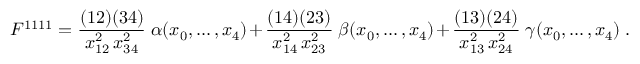
F ^ { 1 1 1 1 } = \frac { ( 1 2 ) ( 3 4 ) } { x _ { 1 2 } ^ { 2 } \, x _ { 3 4 } ^ { 2 } } \; \alpha ( x _ { 0 } , \ldots , x _ { 4 } ) + \frac { ( 1 4 ) ( 2 3 ) } { x _ { 1 4 } ^ { 2 } \, x _ { 2 3 } ^ { 2 } } \; \beta ( x _ { 0 } , \ldots , x _ { 4 } ) + \frac { ( 1 3 ) ( 2 4 ) } { x _ { 1 3 } ^ { 2 } \, x _ { 2 4 } ^ { 2 } } \; \gamma ( x _ { 0 } , \ldots , x _ { 4 } ) \; .